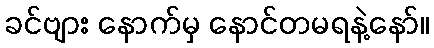
ခင်ဗျား နောက်မှ နောင်တမရနဲ့နော်။